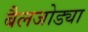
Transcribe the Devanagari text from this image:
बैलजोड्या